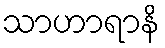
သာဟာရာနိ